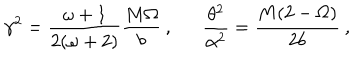
\gamma ^ { 2 } = \frac { \omega + 1 } { 2 ( \omega + 2 ) } \frac { M \Omega } { b } \: , \: \: \: \: \: \: \: \frac { \theta ^ { 2 } } { \alpha ^ { 2 } } = \frac { M ( 2 - \Omega ) } { 2 b } \: ,